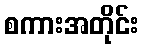
စကားအတိုင်း